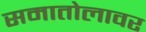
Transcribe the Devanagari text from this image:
समातोलावर